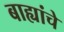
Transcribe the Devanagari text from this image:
बाह्यांचे